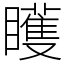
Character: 矆